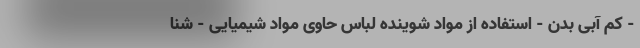
- کم آبی بدن - استفاده از مواد شوینده لباس حاوی مواد شیمیایی - شنا